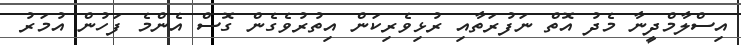
އިސްލާމްދީނާ މެދު އޮތް ނަފުރަތާއި ރުޅިވެރިކަން އިތުރުވެގެން ގޮސް އެންމެ ފަހުން އުމަރު